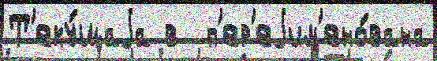
Т'еку́щаjа в  п'ер'еjим'ено́вана